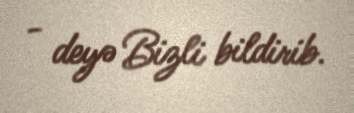
- deyə Bizli bildirib.